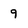
Character: 9